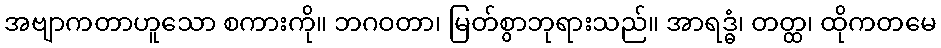
အဗျာကတာဟူသော စကားကို။ ဘဂဝတာ၊ မြတ်စွာဘုရားသည်။ အာရဒ္ဓံ၊ တတ္ထ၊ ထိုကတမေ